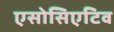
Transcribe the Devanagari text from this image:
एसोसिएटिव